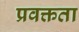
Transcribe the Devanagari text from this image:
प्रवक्तता